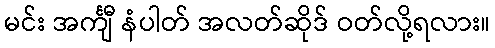
မင်း အင်္ကျီ နံပါတ် အလတ်ဆိုဒ် ဝတ်လို့ရလား။